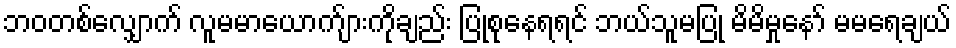
ဘဝတစ်လျှောက် လူမမာယောက်ျားကိုချည်း ပြုစုနေရရင် ဘယ်သူမပြု မိမိမှုနော် မမရေချယ်